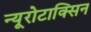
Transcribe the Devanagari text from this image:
न्यूरोटाक्सिन